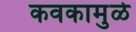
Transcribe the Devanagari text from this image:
कवकामुळे